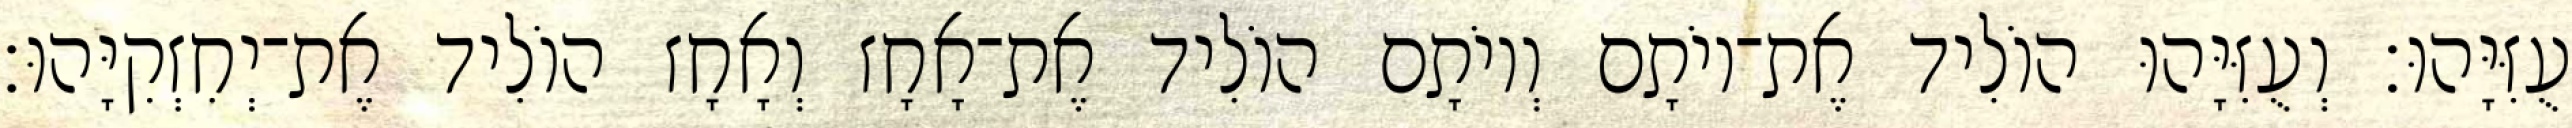
עֻזִּיָּהוּ׃ וְעֻזִּיָּהוּ הוֹלִיד אֶת־יוֹתָם וְיוֹתָם הוֹלִיד אֶת־אָחָז וְאָחָז הוֹלִיד אֶת־יְחִזְקִיָּהוּ׃